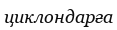
циклондарға